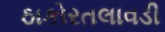
ઠાકોરતલાવડી